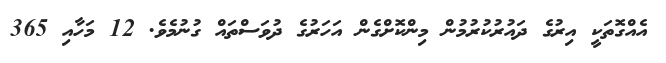
އެއްގޮތަކީ އިރުގެ ދައުރުކުރުމުން މިންކޮށްގެން އަހަރުގެ ދުވަސްތައް ގުނުމެވެ. 12 މަހާއި 365